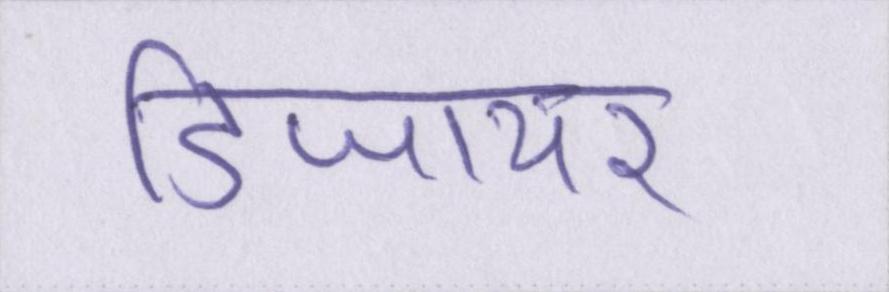
डिजायर